Vaccine operations Central Provinces & Berar 1922-1929 - 1922-1929
Year: 1922
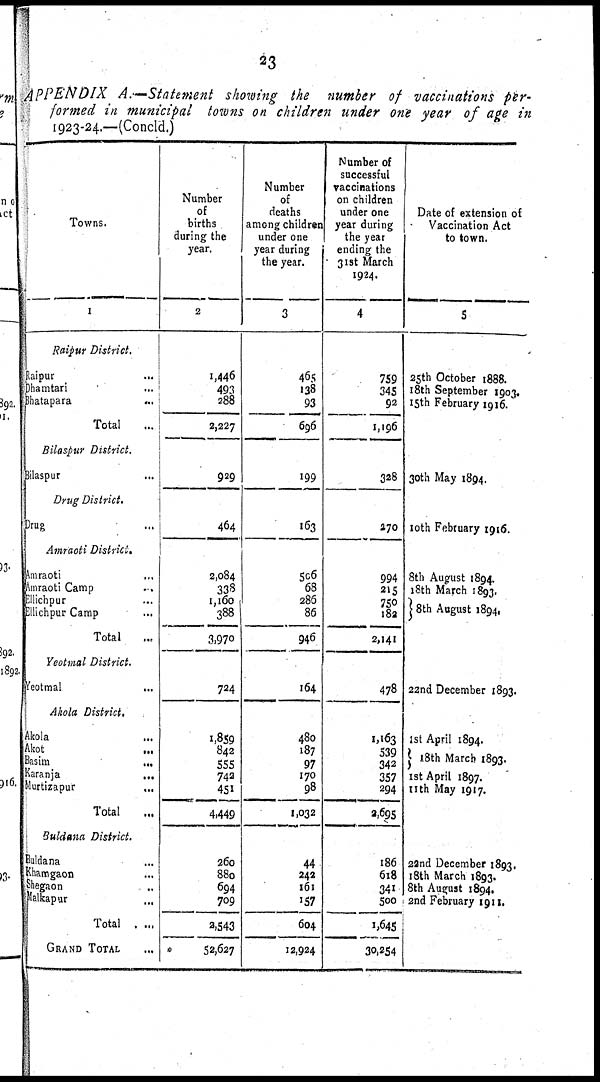
23
APPENDIX A.-Statement
showing the number of vaccinations per-
formed in municipal towns on children under one year of age in
1923-24.—(Concld.)
Towns.
1
Raipur District.
Raipur...
Dhamtari...
Bhatapara...
Total...
Bilaspur District.
Bilaspur...
Drug District.
Drug...
Amraoti District.
Amraoti...
Amraoti Camp..
Ellichpur...
Ellichpur Camp...
Total...
Yeotmal District.
Yeotmal...
Akola District.
Akola...
Akot...
Basim...
Karanja...
Murtizapur...
Total...
Buldana District.
Buldana...
Khamgaon...
Shegaon...
Malkapur...
Total...
GRAND TOTAL...
Number
of
births
during the
year.
2
1,446
493
288
2,227
929
464
2,084
338
1,160
388
3,970
724
1,859
842
555
742
451
4,449
260
880
694
709
2,543
*52,627
Number
of
deaths
among children
under one
year during
the year.
3
465
138
93
696
199
163
506
68
286
86
946
164
480
187
97
170
98
1,032
44
242
161
157
604
12,924
Number of
successful
vaccinations
on children
under one
year during
the year
ending the
31st March
1924.
4
759
345
92
1,196
328
270
994
215
750
182
2,141
478
1,163
539
342
357
294
2,695
186
618
341
500
1,645
30,254
Date of extension of
Vaccination Act
to town.
5
25th October 1888.
18th September 1903.
15th February 1916.
30th May 1894.
10th February 1916.
8th August 1894.
18th March 1893.
8th August 1894.
22nd December 1893.
1st April 1894.
18th March 1893.
1st April 1897.
11th May 1917.
22nd December 1893.
18th March 1893.
8th August 1894.
2nd February 1911.